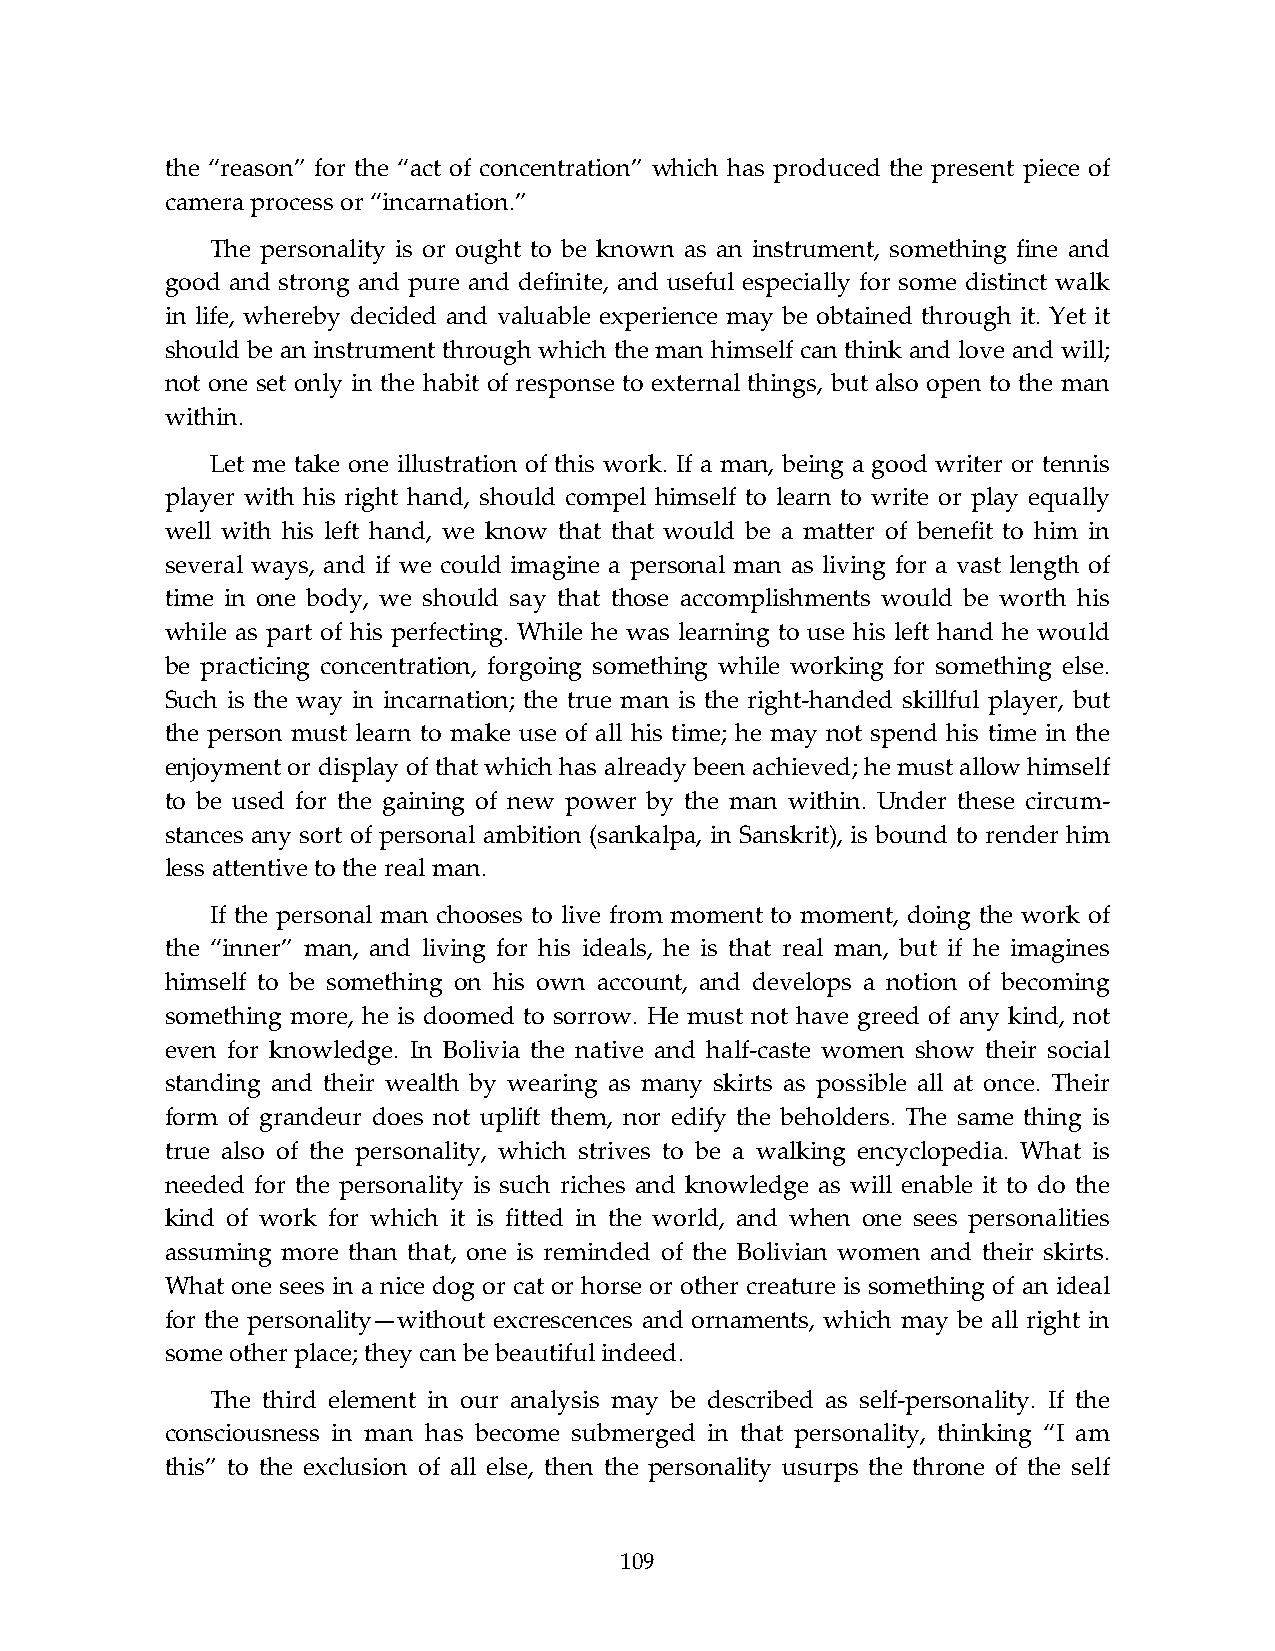
the “reason” for the “act of concentration” which has produced the present piece of
 camera process or “incarnation.”
 The personality is or ought to be known as an instrument, something fine and
 good and strong and pure and definite, and useful especially for some distinct walk
 in life, whereby decided and valuable experience may be obtained through it. Yet it
 should be an instrument through which the man himself can think and love and will;
 not one set only in the habit of response to external things, but also open to the man
 within.
 Let me take one illustration of this work. If a man, being a good writer or tennis
 player with his right hand, should compel himself to learn to write or play equally
 well with his left hand, we know that that would be a matter of benefit to him in
 several ways, and if we could imagine a personal man as living for a vast length of
 time in one body, we should say that those accomplishments would be worth his
 while as part of his perfecting. While he was learning to use his left hand he would
 be practicing concentration, forgoing something while working for something else.
 Such is the way in incarnation; the true man is the right-handed skillful player, but
 the person must learn to make use of all his time; he may not spend his time in the
 enjoyment or display of that which has already been achieved; he must allow himself
 to be used for the gaining of new power by the man within. Under these circum-
 stances any sort of personal ambition (sankalpa, in Sanskrit), is bound to render him
 less attentive to the real man.
 If the personal man chooses to live from moment to moment, doing the work of
 the “inner” man, and living for his ideals, he is that real man, but if he imagines
 himself to be something on his own account, and develops a notion of becoming
 something more, he is doomed to sorrow. He must not have greed of any kind, not
 even for knowledge. In Bolivia the native and half-caste women show their social
 standing and their wealth by wearing as many skirts as possible all at once. Their
 form of grandeur does not uplift them, nor edify the beholders. The same thing is
 true also of the personality, which strives to be a walking encyclopedia. What is
 needed for the personality is such riches and knowledge as will enable it to do the
 kind of work for which it is fitted in the world, and when one sees personalities
 assuming more than that, one is reminded of the Bolivian women and their skirts.
 What one sees in a nice dog or cat or horse or other creature is something of an ideal
 for the personality—without excrescences and ornaments, which may be all right in
 some other place; they can be beautiful indeed.
 The third element in our analysis may be described as self-personality. If the
 consciousness in man has become submerged in that personality, thinking “I am
 this” to the exclusion of all else, then the personality usurps the throne of the self
 109